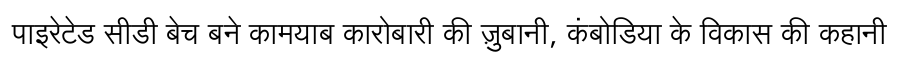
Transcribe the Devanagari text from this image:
पाइरेटेड सीडी बेच बने कामयाब कारोबारी की ज़ुबानी, कंबोडिया के विकास की कहानी